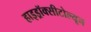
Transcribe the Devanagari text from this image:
हाइड्रॉक्सीटोल्यून